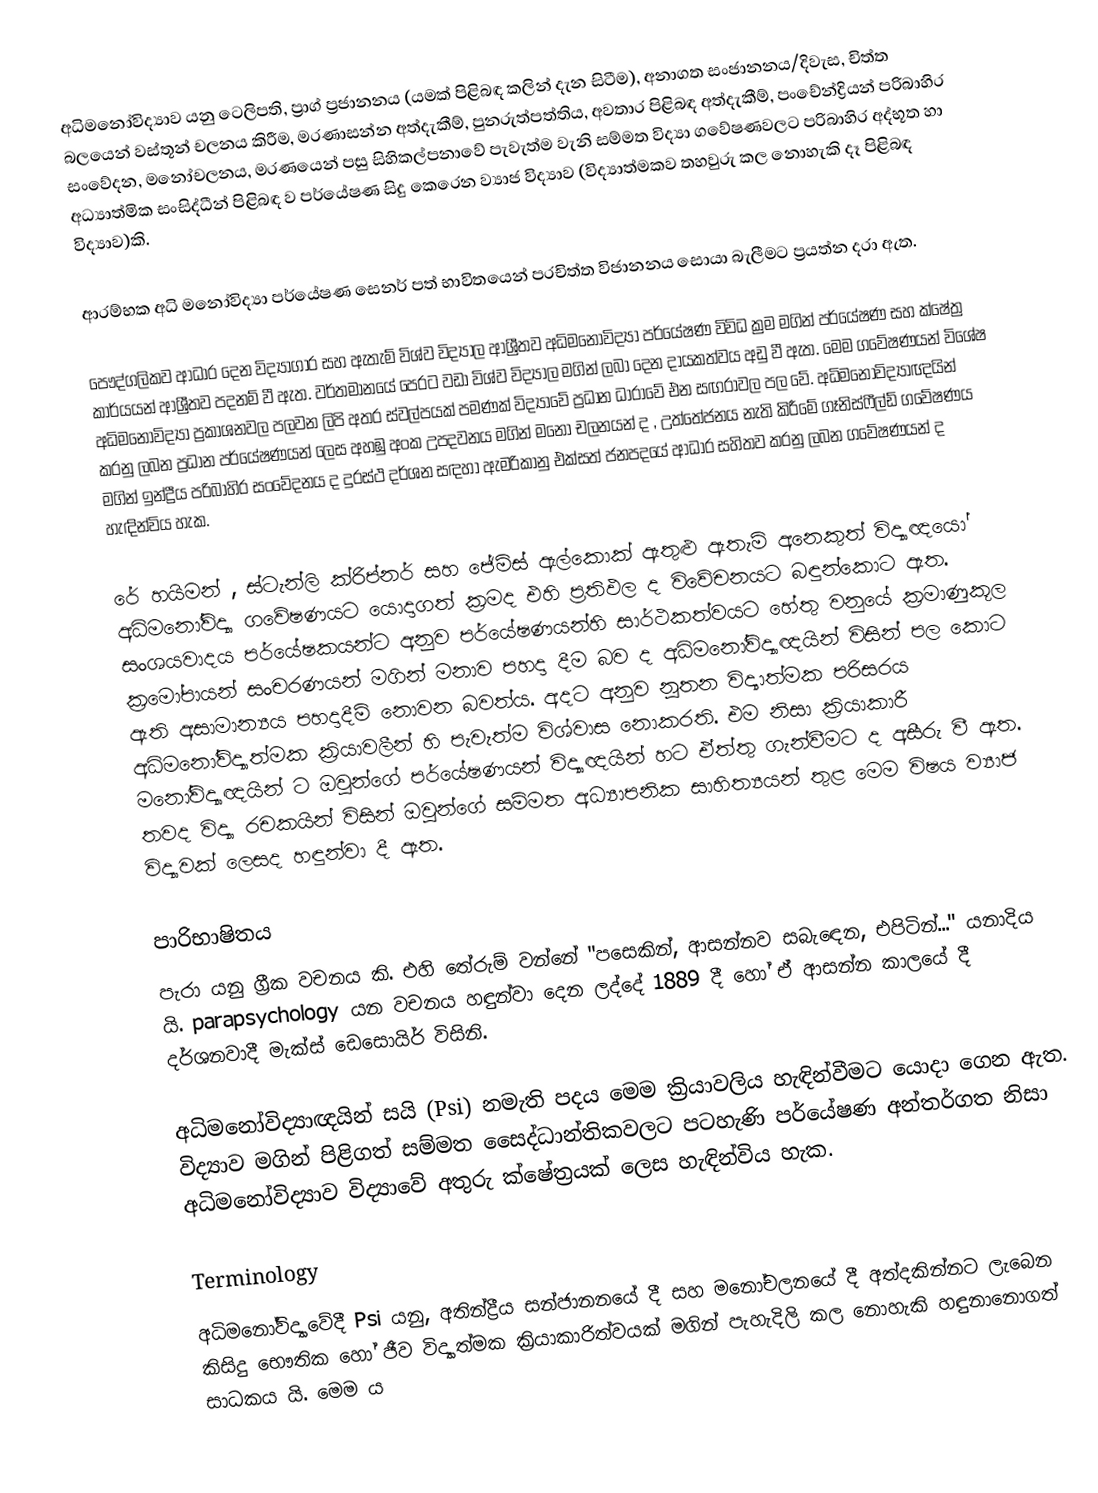
අධිමනෝවිද්‍යාව යනු ටෙලිපති, ප්‍රාග් ප්‍රජානනය (යමක් පිළිබඳ කලින් දැන සිටීම), අනාගත සංජානනය/දිවැස, චිත්ත බලයෙන් වස්තූන් චලනය කිරීම, මරණාසන්න අත්දැකීම්, පුනරුත්පත්තිය, අවතාර පිළිබඳ අත්දැකීම්, පංචේන්ද්‍රියන් පරිබාහිර සංවේදන, මනෝචලනය, මරණයෙන් පසු සිහිකල්පනාවේ පැවැත්ම වැනි සම්මත විද්‍යා ගවේෂණවලට පරිබාහිර  අද්භූත හා අධ්‍යාත්මික සංසිද්ධීන් පිළිබඳ ව පර්යේෂණ සිදු කෙරෙන ව්‍යාජ විද්‍යාව (විද්‍යාත්මකව තහවුරු කල නොහැකි දෑ පිළිබඳ විද්‍යාව)කි.

ආරම්භක අධි මනෝවිද්‍යා පර්යේෂණ සෙනර් පත් භාවිතයෙන් පරචිත්ත විජානනය සොයා බැලීමට ප්‍රයත්න දරා ඇත‍.

පෞද්ගලිකව ආධාර දෙන විද්‍ය‍ාගාර සහ ඇතැම් විශ්ව විද්‍යාල ආශ්‍රීතව අධිමනෝවිද්‍යා පර්යේෂණ විවිධ ක්‍රම මගින් පර්යේෂණ සහ ක්ෂේත්‍ර කාර්යයන් ආශ්‍රීතව පදනම් වී ඇත. වර්තමානයේ පෙරට වඩා විශ්ව විද්‍යාල මගින් ලබා දෙන දායකත්වය අඩු වී ඇත. මෙම ගවේෂණයන් විශේෂ අධිමනෝවිද්‍යා ප්‍රකාශනවල පලවන ලිපි අතර ස්වල්පයක් පමණක් විද්‍යාවේ ප්‍රධාන ධාරාවේ එන සඟරාවල පල වේ. අධිමනෝවිද්‍යාඥයින් කරනු ලබන ප්‍රධාන පර්යේෂණයන් ලෙස අහඹු අංක උපදවනය මගින් මනෝ චලනයන් ද , උත්තේජනය නැති කිරීමේ ගෑනිස්ෆීල්ඩ් ගවේෂණය මගින් ඉන්ද්‍රීය පරිබාහිර සංවේදනය ද දුරස්ථ දර්ශන සඳහා ඇමරිකානු එක්සත් ජනපදයේ ආධාර සහිතව කරනු ලබන ගවේෂණයන් ද හැඳින්විය හැක.

රේ හයිමන් , ස්ටැන්ලි ක්රිප්නර් සහ ජේම්ස් ඇල්කොක් ඇතුළු ඇතැම් අනෙකුත් විද්‍යාඥයෝ අධිමනෝවිද්‍යා ගවේෂණයට යොදාගත් ක්‍රමද එහි ප්‍රතිඵල ද විවේචනයට බඳුන්කොට ඇත. සංශයවාදය පර්යේෂකයන්ට අනුව පර්යේෂණයන්හි සාර්ථකත්වයට හේතු වනුයේ ක්‍රමාණුකූල ක්‍රමෝපායන් සංචරණයන් මගින් මනාව පහදා දීම බව ද අධිමනෝවිද්‍යාඥයින් විසින් පල කොට ඇති අසාමාන්‍යය පහදාදීම් නොවන බවත්ය. අදට අනුව නූතන විද්‍ය‍ාත්මක පරිසරය අධිමනෝවිද්‍යාත්මක ක්‍රියාවලීන් හි පැවැත්ම විශ්වාස නොකරති‍. එම නිසා ක්‍රියාකාරී මනෝවිද්‍යාඥයින් ට  ඔවුන්ගේ පර්යේෂණයන් විද්‍යාඥයින් හට ඒත්තු ගැන්වීමට ද අසීරු වී ඇත. තවද විද්‍යා රචකයින් විසින් ඔවුන්ගේ සම්මත අධ්‍යාපනික සාහිත්‍යයන් තුළ මෙම විෂය ව්‍යාජ විද්‍යාවක් ලෙසද හඳුන්වා දී ඇත.

පාරිභාෂිතය
පැරා යනු ග්‍රීක වචනය කි. එහි තේරුම් වන්නේ "පසෙකින්, ආසන්නව සබැඳෙන, එපිටින්..." යනාදිය යි. parapsychology යන වචනය හඳුන්වා දෙන ලද්දේ 1889 දී හෝ ඒ ආසන්න කාලයේ දී දර්ශනවාදී මැක්ස් ඩෙසොයිර් විසිනි.

අධිමනෝවිද්‍යාඥයින් සයි (Psi) නමැති පදය මෙම ක්‍රියාවලිය හැඳින්වීමට යොදා ගෙන ඇත. විද්‍යාව මගින් පිළිගත් සම්මත සෛද්ධාන්තිකවලට පටහැණි පර්යේෂණ අන්තර්ගත නිසා අධිමනෝවිද්‍යාව විද්‍යාවේ අතුරු ක්ෂේත්‍රයක් ලෙස හැඳින්විය හැක.

Terminology
අධිමනෝවිද්‍යාවේදී Psi යනු, අතින්ද්‍රීය සන්ජානනයේ දී සහ මනෝචලනයේ දී අත්දකින්නට ලැබෙන කිසිදු භෞතික හෝ ජීව විද්‍යාත්මක ක්‍රියාකාරිත්වයක් මගින් පැහැදිලි කල නොහැකි හඳුනානොගත් සාධකය යි. මෙම ය